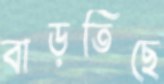
বাড়তিছে